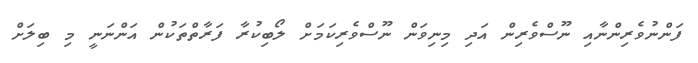
ފަންނުވެރިންނާއި ނޫސްވެރިން އަދި މިނިވަން ނޫސްވެރިކަމަށް ލޯބިކުރާ ފަރާތްތަކުން އަންނަނީ މި ބިލަށް